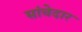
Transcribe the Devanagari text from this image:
सांचेदार